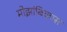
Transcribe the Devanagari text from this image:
मोझांबिकास